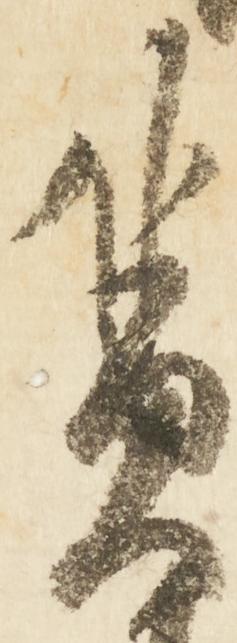
奠